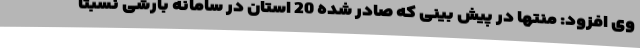
وی افزود: منتها در پیش بینی که صادر شده 20 استان در سامانه بارشی نسبتا